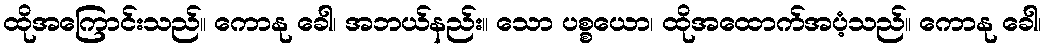
ထိုအကြောင်းသည်။ ကောနု ခေါ၊ အဘယ်နည်း။ သော ပစ္စယော၊ ထိုအထောက်အပံ့သည်။ ကောနု ခေါ၊